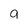
Character: a